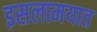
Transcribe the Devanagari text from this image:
इसलामयात